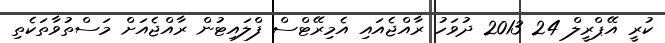
ކުރީ އޭޕްރީލް 24 2013 ދުވަހު ރާއްޖެއައި އެމިރޭޓްސް ފްލައިޓުން ރާއްޖެއަށް މަސްތުވާތަކެތި